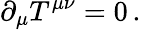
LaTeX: \partial_{\mu}T^{\mu\nu}=0\, .